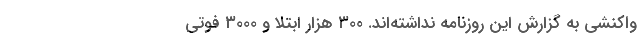
واکنشی به گزارش این روزنامه نداشته‌اند. ۳۰۰ هزار ابتلا و ۳۰۰۰ فوتی